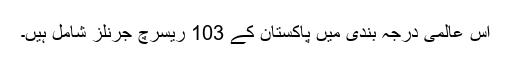
اس عالمی درجہ بندی میں پاکستان کے 103 ریسرچ جرنلز شامل ہیں۔